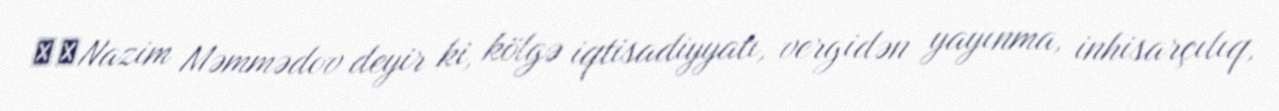
​​Nazim Məmmədov deyir ki, kölgə iqtisadiyyatı, vergidən yayınma, inhisarçılıq,